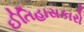
ઈતિહાસકારો